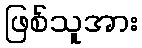
ဖြစ်သူအား